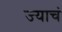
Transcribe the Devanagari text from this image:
ज्याचं